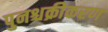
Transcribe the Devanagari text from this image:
पुनश्चक्रीकरण